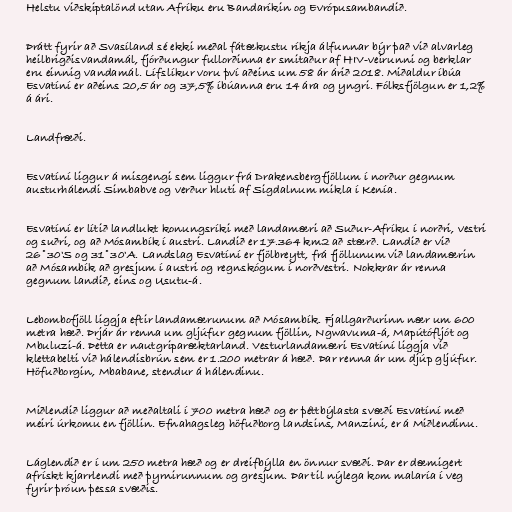
Helstu viðskiptalönd utan Afríku eru Bandaríkin og Evrópusambandið.

Þrátt fyrir að Svasíland sé ekki meðal fátækustu ríkja álfunnar býr það við alvarleg
heilbrigðisvandamál, fjórðungur fullorðinna er smitaður af HIV-veirunni og berklar
eru einnig vandamál. Lífslíkur voru því aðeins um 58 ár árið 2018. Miðaldur íbúa
Esvatíní er aðeins 20,5 ár og 37,5% íbúanna eru 14 ára og yngri. Fólksfjölgun er 1,2%
á ári.

Landfræði.

Esvatíní liggur á misgengi sem liggur frá Drakensbergfjöllum í norður gegnum
austurhálendi Simbabve og verður hluti af Sigdalnum mikla í Kenía.

Esvatíní er lítið landlukt konungsríki með landamæri að Suður-Afríku í norðri, vestri
og suðri, og að Mósambík í austri. Landið er 17.364 km2 að stærð. Landið er við
26˚30'S og 31˚30'A. Landslag Esvatíní er fjölbreytt, frá fjöllunum við landamærin
að Mósambík að gresjum í austri og regnskógum í norðvestri. Nokkrar ár renna
gegnum landið, eins og Usutu-á.

Lebombofjöll liggja eftir landamærunum að Mósambík. Fjallgarðurinn nær um 600
metra hæð. Þrjár ár renna um gljúfur gegnum fjöllin, Ngwavuma-á, Mapútófljót og
Mbuluzi-á. Þetta er nautgriparæktarland. Vesturlandamæri Esvatíní liggja við
klettabelti við hálendisbrún sem er 1.200 metrar á hæð. Þar renna ár um djúp gljúfur.
Höfuðborgin, Mbabane, stendur á hálendinu.

Miðlendið liggur að meðaltali í 700 metra hæð og er þéttbýlasta svæði Esvatíní með
meiri úrkomu en fjöllin. Efnahagsleg höfuðborg landsins, Manzini, er á Miðlendinu.

Láglendið er í um 250 metra hæð og er dreifbýlla en önnur svæði. Þar er dæmigert
afrískt kjarrlendi með þyrnirunnum og gresjum. Þar til nýlega kom malaría í veg
fyrir þróun þessa svæðis.